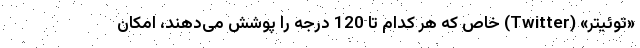
«توئیتر» (Twitter) خاص که هر کدام تا 120 درجه را پوشش می‌دهند، امکان